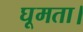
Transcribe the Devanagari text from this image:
घूमता।